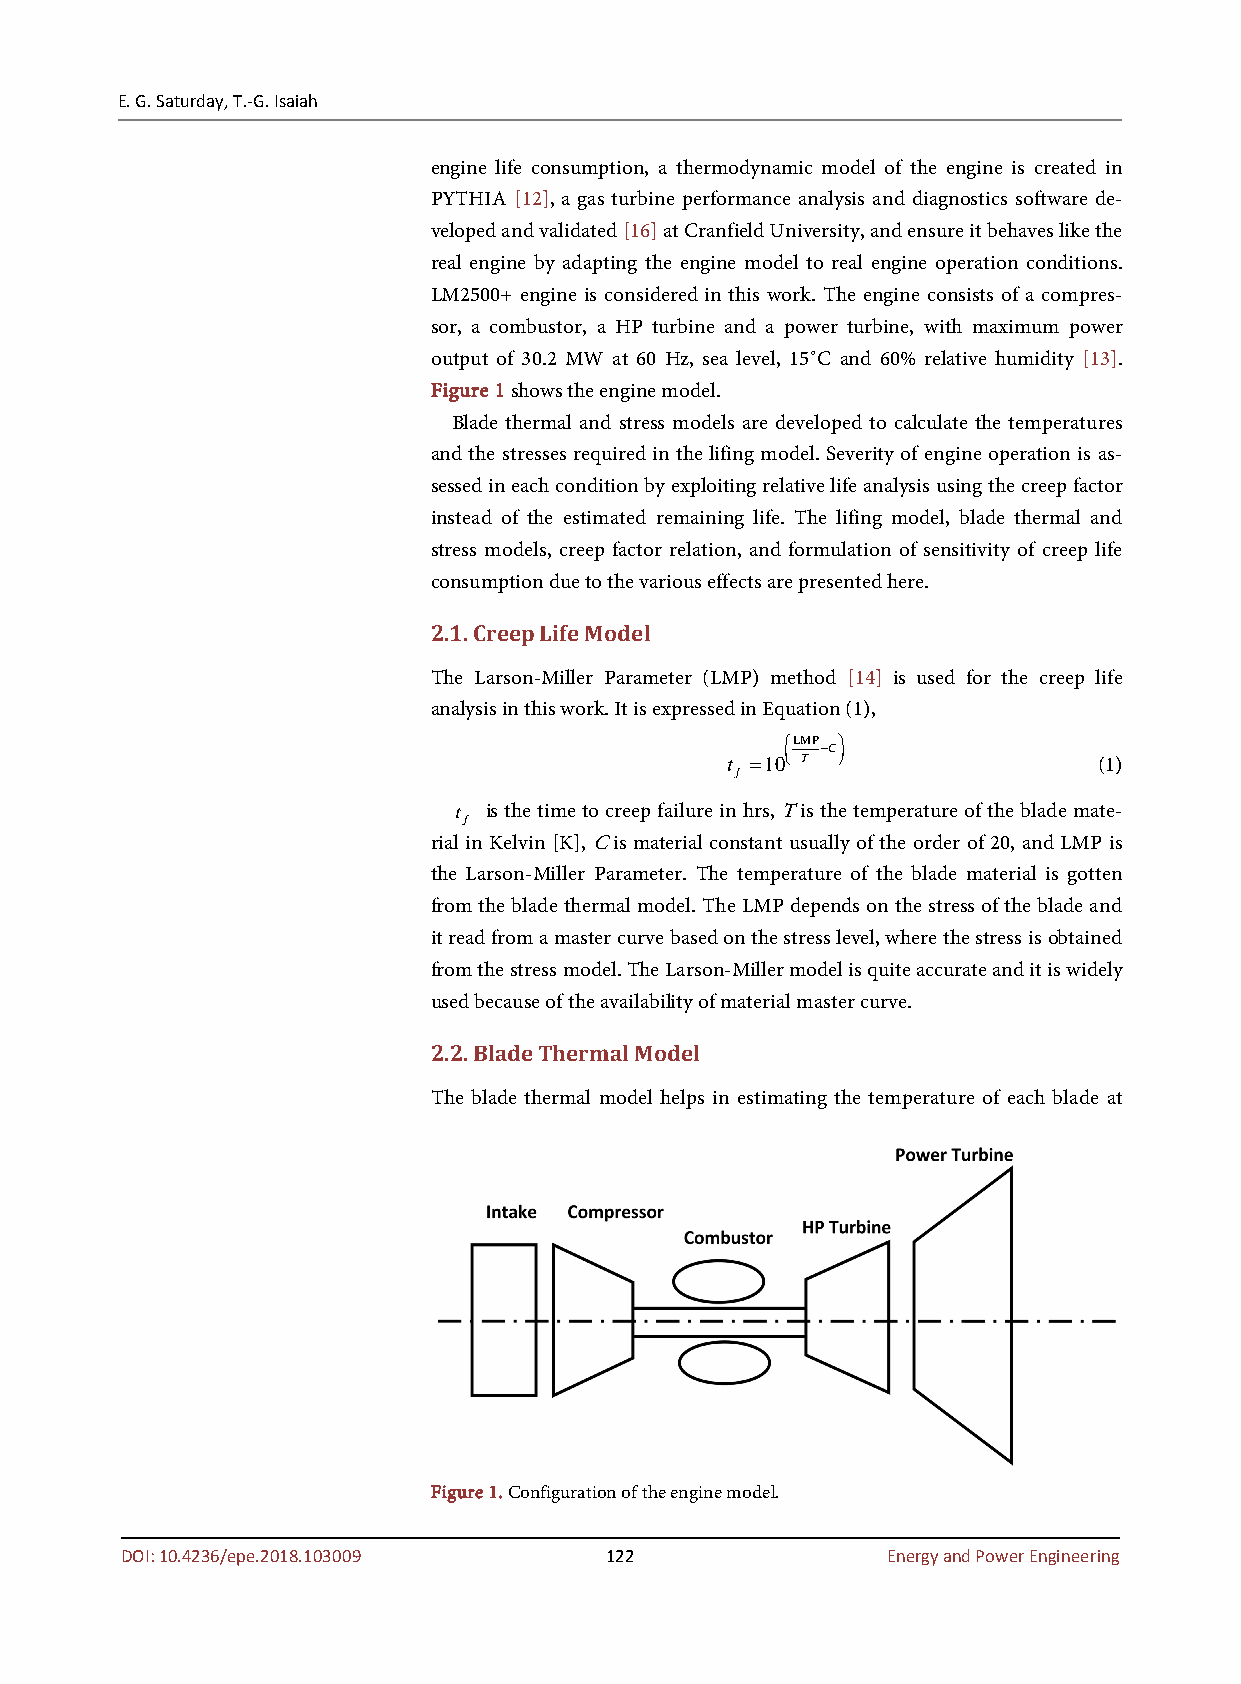
E. G. Saturday, T.-G. Isaiah
 engine life consumption, a thermodynamic model of the engine is created in
 PYTHIA [12], a gas turbine performance analysis and diagnostics software de-
 veloped and validated [16] at Cranfield University, and ensure it behaves like the
 real engine by adapting the engine model to real engine operation conditions.
 LM2500+ engine is considered in this work. The engine consists of a compres-
 sor, a combustor, a HP turbine and a power turbine, with maximum power
 output of 30.2 MW at 60 Hz, sea level, 15˚C and 60% relative humidity [13].
 Figure 1 shows the engine model.
 Blade thermal and stress models are developed to calculate the temperatures
 and the stresses required in the lifing model. Severity of engine operation is as-
 sessed in each condition by exploiting relative life analysis using the creep factor
 instead of the estimated remaining life. The lifing model, blade thermal and
 stress models, creep factor relation, and formulation of sensitivity of creep life
 consumption due to the various effects are presented here.
 2.1. Creep Life Model
 The Larson-Miller Parameter (LMP) method [14] is used for the creep life
 analysis in this work. It is expressed in Equation (1),
 LMP 
  −C
 t =10 T                (1)
 f
 t is the time to creep failure in hrs, T is the temperature of the blade mate-
 f
 rial in Kelvin [K], C is material constant usually of the order of 20, and LMP is
 the Larson-Miller Parameter. The temperature of the blade material is gotten
 from the blade thermal model. The LMP depends on the stress of the blade and
 it read from a master curve based on the stress level, where the stress is obtained
 from the stress model. The Larson-Miller model is quite accurate and it is widely
 used because of the availability of material master curve.
 2.2. Blade Thermal Model
 The blade thermal model helps in estimating the temperature of each blade at
 Figure 1. Configuration of the engine model.
 DOI: 10.4236/epe.2018.103009    122                Energy and Power Engineering